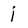
Character: j